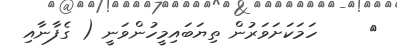
٨     ހަމަކަށަވަރުން ތިޔަބައިމީހުންވަނީ ( ގެފާނާއި